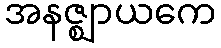
အနဇ္ဈာယကေ